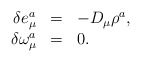
\begin{align*}\begin{array}{rcl} \delta e^a_\mu &=& -D_\mu\rho^a, \\ \delta \omega^a_\mu &=& 0.\end{array}\end{align*}